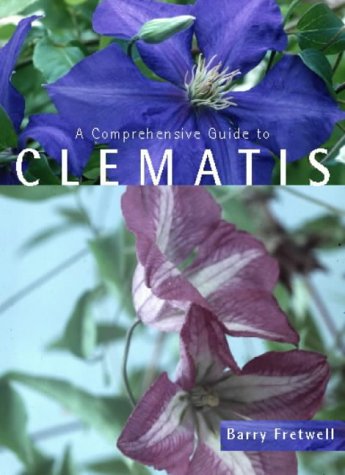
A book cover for A Comprehensive Guide to Clematis; Barry Fretwell; Crafts, Hobbies & Home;